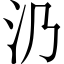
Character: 𣱽